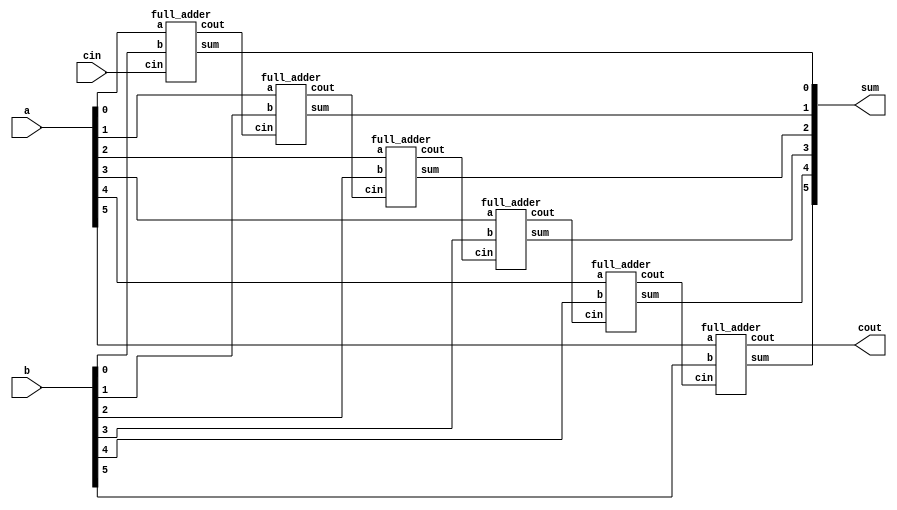

module ripple_adder_6bit(input [5:0] a,b, input cin, output [5:0] sum, output cout);

	wire carry1, carry2, carry3, carry4, carry5;

	full_adder FA0(a[0],b[0],cin,sum[0],carry1);
	full_adder FA1(a[1],b[1],carry1,sum[1],carry2);
	full_adder FA2(a[2],b[2],carry2,sum[2],carry3);
	full_adder FA3(a[3],b[3],carry3,sum[3],carry4);
	full_adder FA4(a[4],b[4],carry4,sum[4],carry5);
	full_adder FA5(a[5],b[5],carry5,sum[5],cout);

endmodule
module full_adder(input a, b, cin, output sum, cout);

	wire sum1,carry1,carry2;
	half_adder HA0(a,b,sum1,carry1);
	half_adder HA1(cin,sum1,sum,carry2);

	assign cout = carry1 | carry2;

endmodule
module half_adder(input a,b, output sum, carry);

	assign sum = a ^ b;
	assign carry = a & b;

endmodule